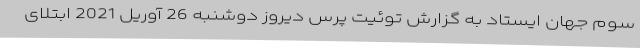
سوم جهان ایستاد به گزارش توئیت پرس دیروز دوشنبه 26 آوریل 2021 ابتلای